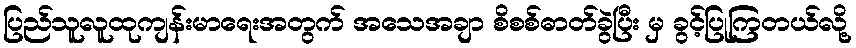
ပြည်သူလူထုကျန်းမာရေးအတွက် အသေအချာ စိစစ်ဓာတ်ခွဲပြီး မှ ခွင့်ပြုကြတယ်လို့